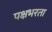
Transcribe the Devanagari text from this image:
पक्षभरता